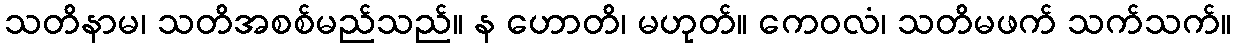
သတိနာမ၊ သတိအစစ်မည်သည်။ န ဟောတိ၊ မဟုတ်။ ကေဝလံ၊ သတိမဖက် သက်သက်။